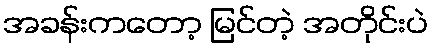
အခန်းကတော့ မြင်တဲ့ အတိုင်းပဲ